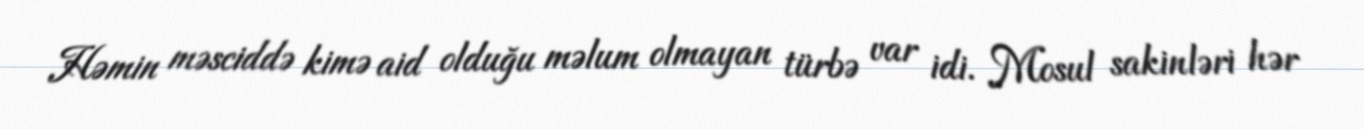
Həmin məsciddə kimə aid olduğu məlum olmayan türbə var idi. Mosul sakinləri hər